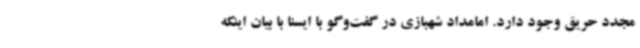
مجدد حریق وجود دارد. امامداد شهبازی در گفت‌وگو با ایسنا با بیان اینکه